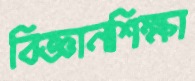
বিজ্ঞানশিক্ষা